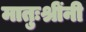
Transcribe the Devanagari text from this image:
मातुःश्रींनी